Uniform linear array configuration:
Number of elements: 48
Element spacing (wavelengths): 0.75
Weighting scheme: cosine
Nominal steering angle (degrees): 45
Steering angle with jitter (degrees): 45.926
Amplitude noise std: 0.05
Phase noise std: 0.05

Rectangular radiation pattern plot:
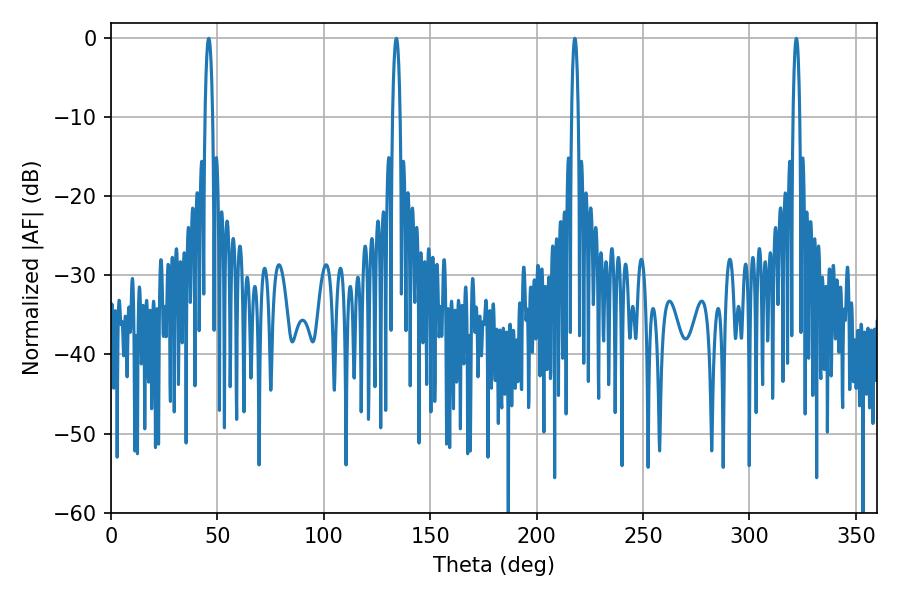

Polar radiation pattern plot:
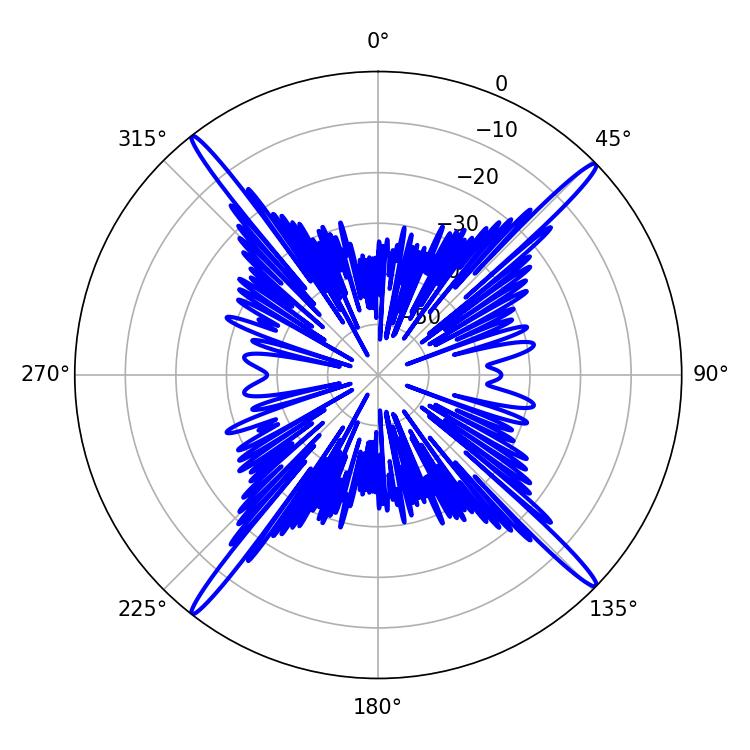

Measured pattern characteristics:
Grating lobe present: TRUE
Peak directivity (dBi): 21.552
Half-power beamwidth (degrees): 1.98
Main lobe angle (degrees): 45.9